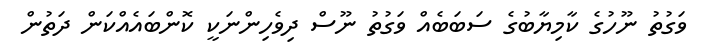
ވަގުތު ނޫހުގެ ކާމިޔާބުގެ ސަބަބެއް ވަގުތު ނޫސް ދިވެހިންނަކީ ކޮންބައެއްކަން ދަތުން